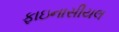
ફાઇનાસીયલ